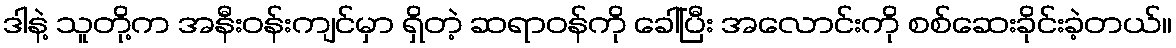
ဒါနဲ့ သူတို့က အနီးဝန်းကျင်မှာ ရှိတဲ့ ဆရာဝန်ကို ခေါ်ပြီး အလောင်းကို စစ်ဆေးခိုင်းခဲ့တယ်။